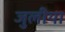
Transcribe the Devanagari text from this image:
जुलीया